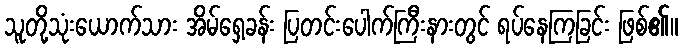
သူတို့သုံးယောက်သား အိမ်ရှေ့ခန်း ပြတင်းပေါက်ကြီးနားတွင် ရပ်နေကြခြင်း ဖြစ်၏။